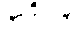
၃၈၉